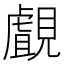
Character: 覰